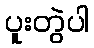
ပူးတွဲပါ